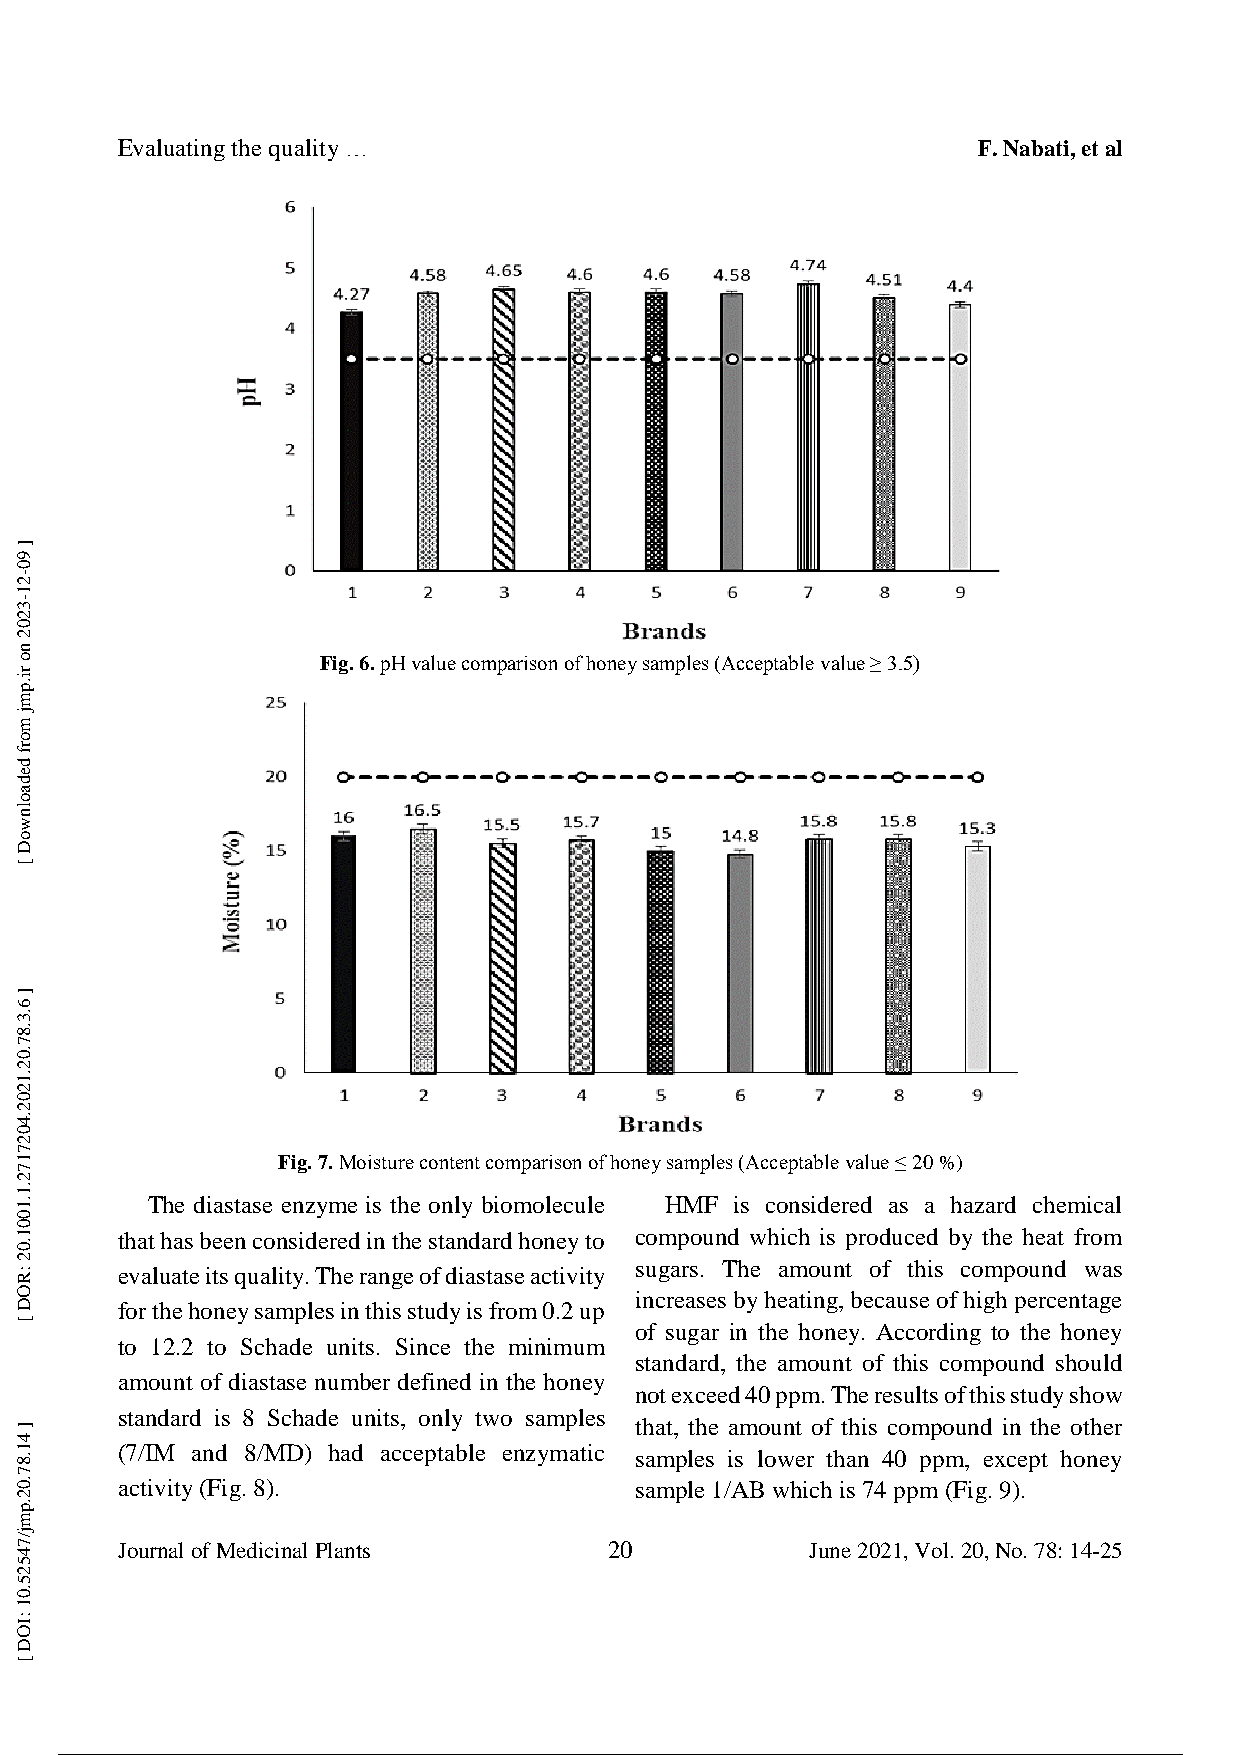
Evaluating the quality …                                 F. Nabati, et al
 Fig. 6. pH value comparison of honey samples (Acceptable value ≥ 3.5)
 Fig. 7. Moisture content comparison of honey samples (Acceptable value ≤ 20 %)
 The diastase enzyme is the only biomolecule HMF is considered as a hazard chemical
 that has been considered in the standard honey to compound which is produced by the heat from
 sugars. The amount of this compound was
 evaluate its quality. The range of diastase activity
 increases by heating, because of high percentage
 for the honey samples in this study is from 0.2 up
 of sugar in the honey. According to the honey
 to 12.2 to Schade units. Since the minimum
 standard, the amount of this compound should
 amount of diastase number defined in the honey
 not exceed 40 ppm. The results of this study show
 standard is 8 Schade units, only two samples
 that, the amount of this compound in the other
 (7/IM and 8/MD) had acceptable enzymatic samples is lower than 40 ppm, except honey
 activity (Fig. 8).                sample 1/AB which is 74 ppm (Fig. 9).
 Journal of Medicinal Plants     20            June 2021, Vol. 20, No. 78: 14-25
 7 / 13
 ]
 90-21-3202
 no
 ri.pmj
 morf
 dedaolnwoD
 [
 ]
 6.3.87.02.1202.4027172.1.1001.02
 :ROD
 [
 ]
 41.87.02.pmj/74525.01
 :IOD
 [